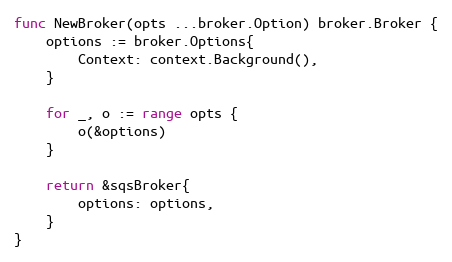
Language: Go
func NewBroker(opts ...broker.Option) broker.Broker {
	options := broker.Options{
		Context: context.Background(),
	}

	for _, o := range opts {
		o(&options)
	}

	return &sqsBroker{
		options: options,
	}
}